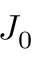
J _ { 0 }